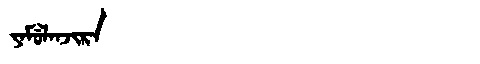
Manchu: ᠶᠠᠮᡠᠯᠠᠨᠵᡳᡵᠠ
Romanization: YAMULANJIRA